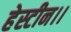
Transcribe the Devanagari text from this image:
हेस्टीन।।